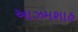
આઝમશાહ